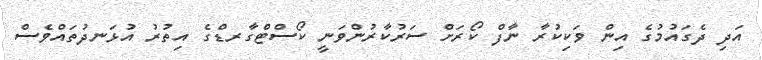
އަދި ދެގައުމުގެ އިން ވަކިކުރާ ނާފް ކޯރަށް ސަރުކާރުންވަނީ ކޯސްޓްގާރޑްގެ އިތުރު އުޅަނދުތައްވެސް